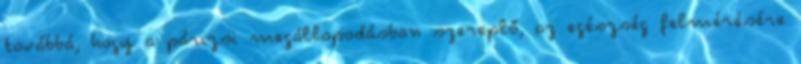
továbbá, hogy a párizsi megállapodásban szereplő, az egészség felmérésére